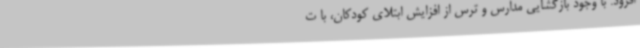
افزود: با وجود بازگشایی مدارس و ترس از افزایش ابتلای کودکان، با ت